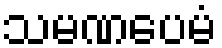
သမဏပေမံ